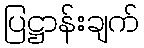
ပြဋ္ဌာန်းချက်